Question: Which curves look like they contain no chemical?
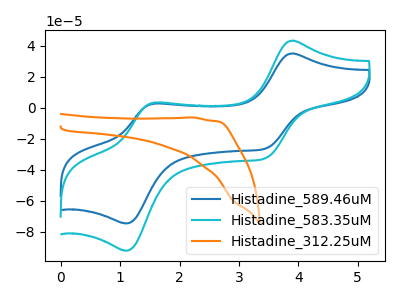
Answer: <think>The blue curve "Histadine_589.46uM" has anodic peaks at (3.90V, 35.05uA) (1.55V, 2.70uA) and cathodic peaks at (3.45V, -26.15uA) (1.10V, -74.60uA). The cyan curve "Histadine_583.35uM" has anodic peaks at (3.90V, 43.30uA) (1.55V, 3.35uA) and cathodic peaks at (3.45V, -32.30uA) (1.10V, -92.20uA). The orange curve "Histadine_312.25uM" has no peaks.</think>
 <answer>"Histadine_312.25uM" is likely to be a blank.</answer>
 <eval>Histadine_312.25uM</eval>